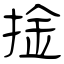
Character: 捦